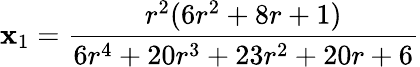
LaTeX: \mathbf{x}_{1}=\frac{{r^{2}(6r^{2}+8r+1)}}{{6r^{4}+20r^{3}+23r^{2}+20r+6}}